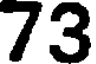
73